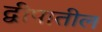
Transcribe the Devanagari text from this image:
द्वीपातील